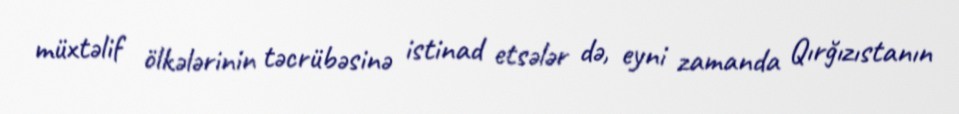
müxtəlif ölkələrinin təcrübəsinə istinad etsələr də, eyni zamanda Qırğızıstanın